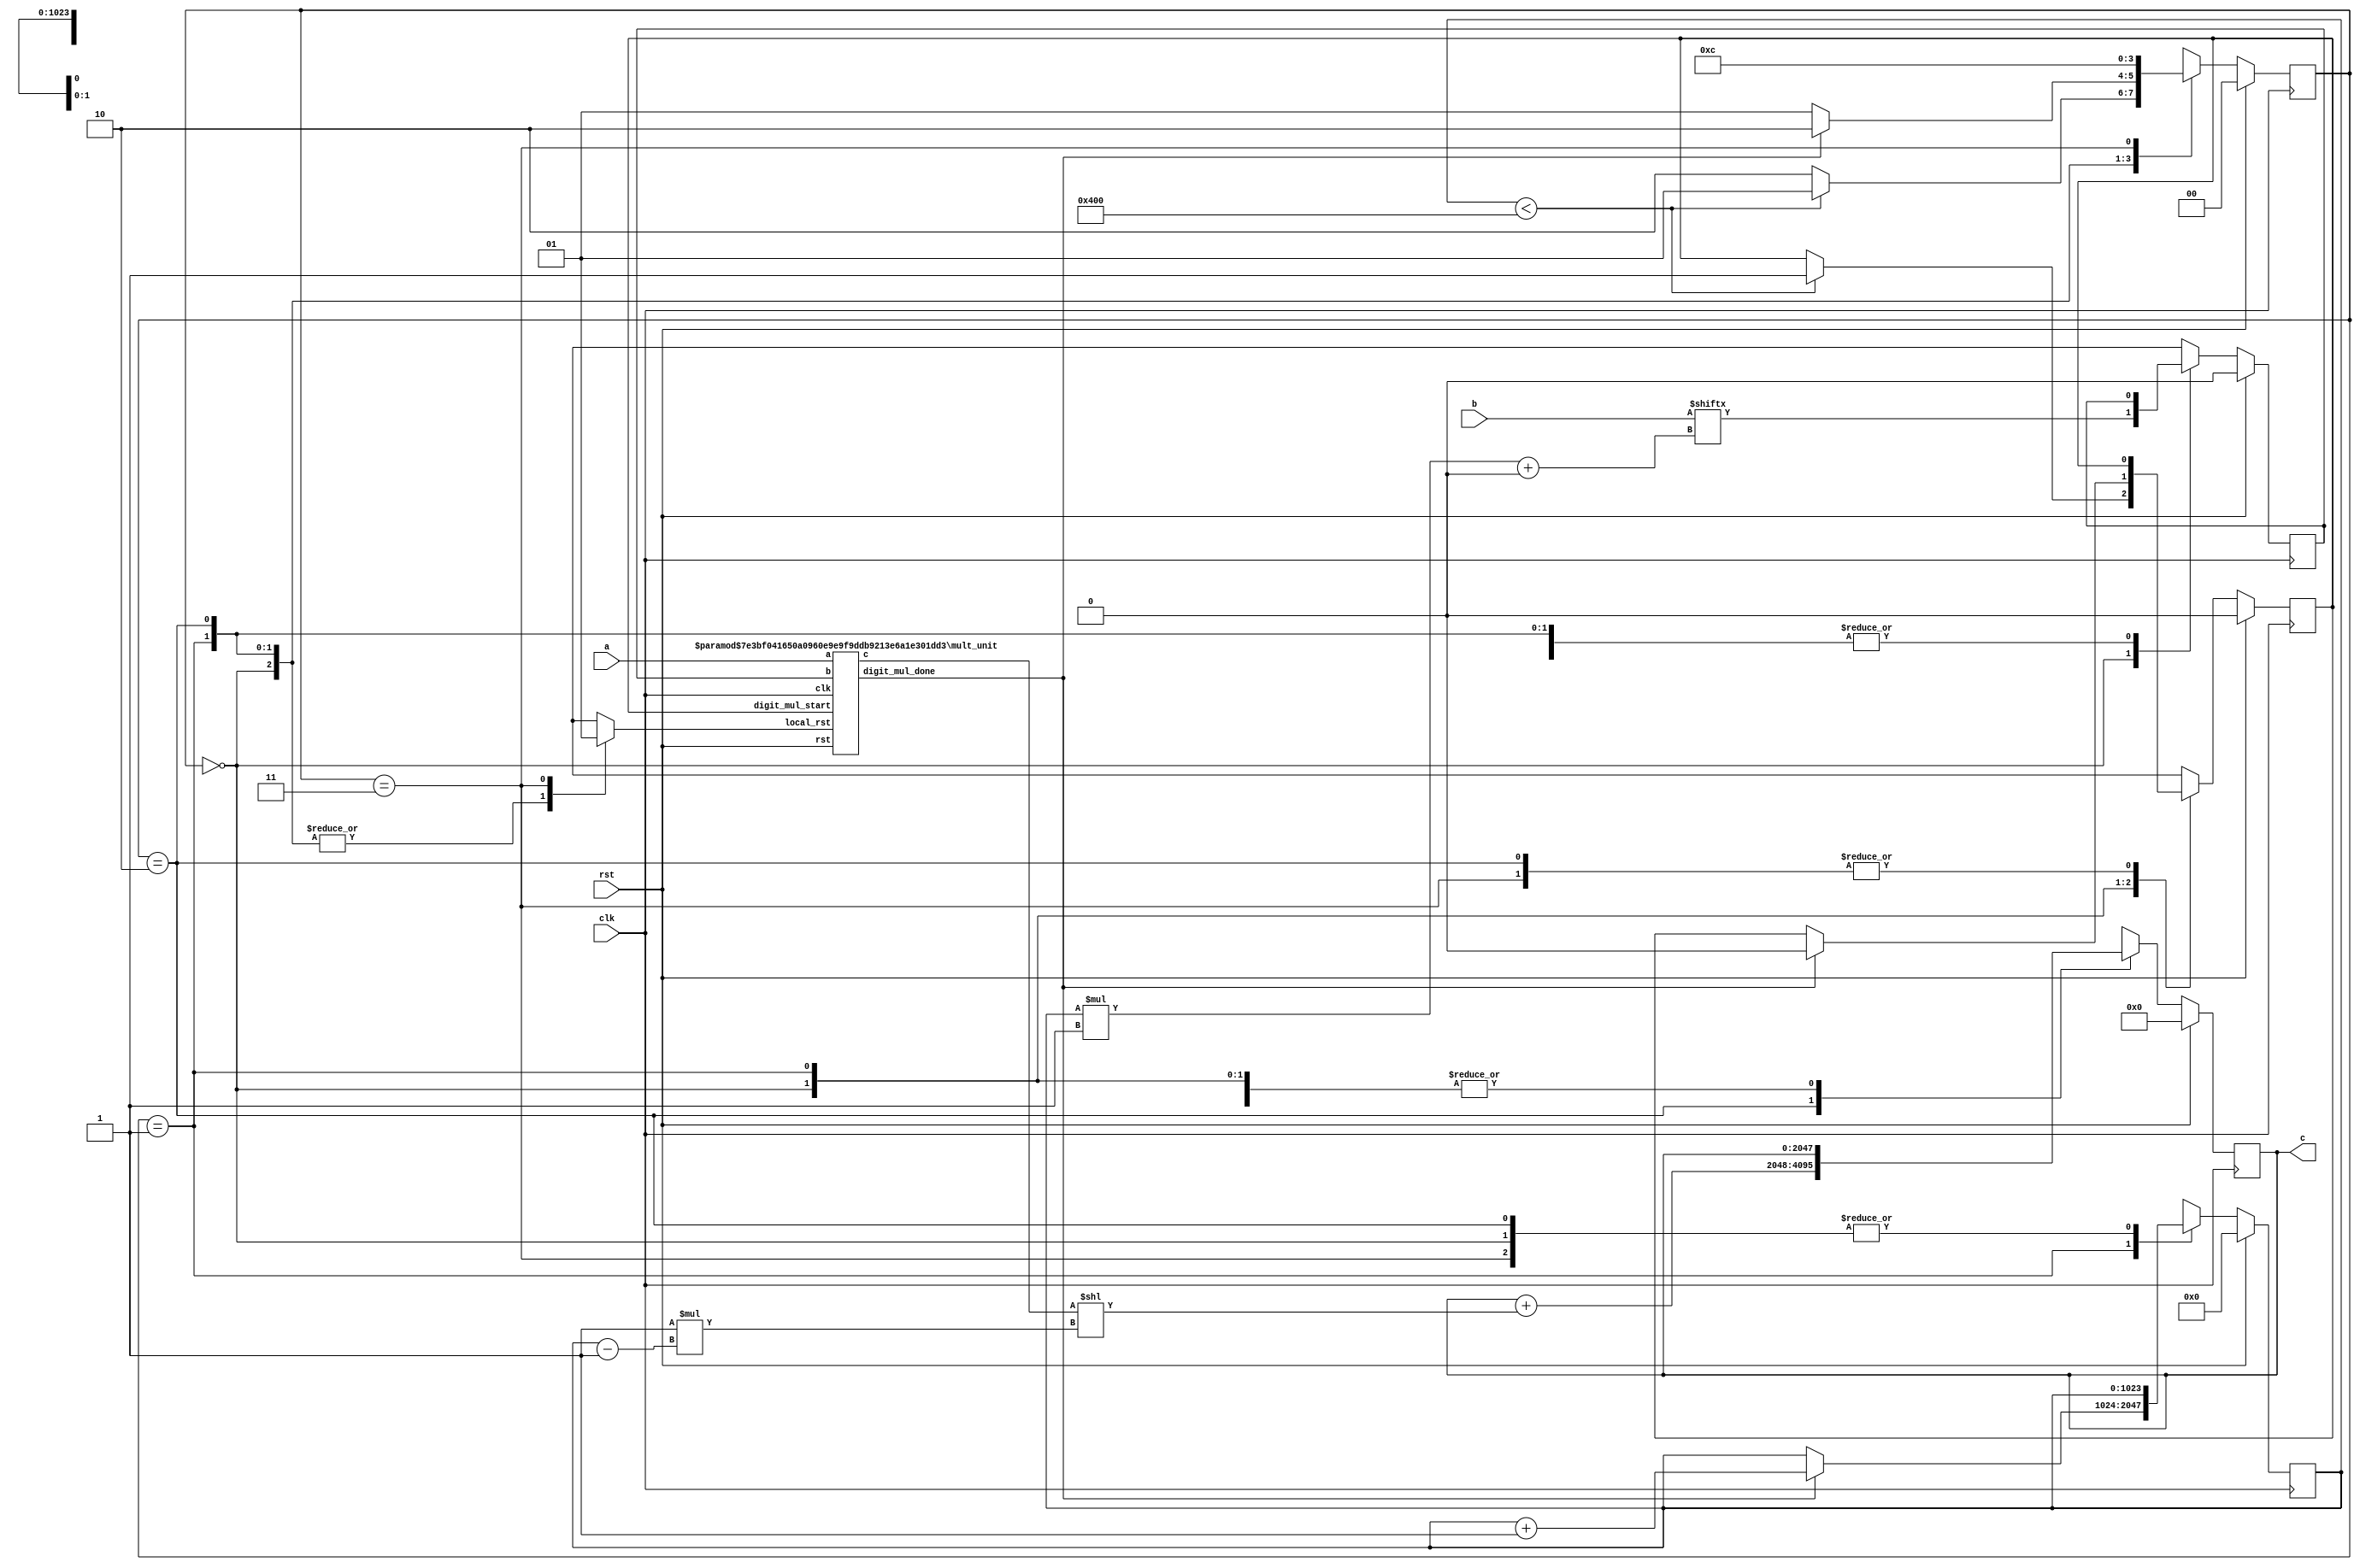
// TalTech large integer multiplier library
// Multiplier type: sbm_digitized
// Parameters: 1024 1024 1
// Target tool: genus
module sbm_digitized(clk, rst, a, b, c);

// Declaration of parameters
parameter SIZEA = 1024;
parameter SIZEB = 1024;
parameter SIZEOF_DIGITS = 1;
parameter DIGITS = 1025;

// Declaration of module inputs and outputs
input clk;
input rst;
input [1023:0] a;
input [1023:0] b;
output reg [2047:0] c;

// Set local parameters for FSM controller
localparam ST_RUN = 0;
localparam ST_WAIT = 1;
localparam ST_OFFSET = 2;
localparam ST_RST = 3;

// Registers declaration 
reg local_rst;
reg digit_mul_start;
reg digit_mul_start_next;
reg short_b;
reg short_b_next;
reg  [1023:0] counter_digits;
reg  [1023:0] counter_digits_next;
reg  [1:0] state;
reg  [1:0] next_state;
reg  [2047:0] next_c;
reg  [1023:0] tmp;
reg  [510:0] upper_addr;
reg  [510:0] lower_addr;

// Wires declaration 
wire digit_mul_done;
wire  [1024:0] short_c;

// Multiplier Instance
mult_unit #(1024, 1) mult_unit (clk, rst, local_rst, a, short_b, digit_mul_start, short_c, digit_mul_done);

// FSM-controller --< Sequential Part
always @(posedge clk) begin
	if (rst == 1'b1) begin
		state <= ST_RUN;
		c <= 2048'b0;
		counter_digits <= 1024'b0;
		short_b <= 1'b0;
		digit_mul_start <= 1'b0;
	end
	else begin
		state <= next_state;
		c <= next_c;
		counter_digits <= counter_digits_next;
		short_b <= short_b_next;
		digit_mul_start <= digit_mul_start_next;
	end
end

// FSM-controller --< Combinational Part
always @ (*) begin 
	next_state = state;
	next_c = c;
	digit_mul_start_next = digit_mul_start;
	local_rst = 0;
	counter_digits_next = counter_digits;
	short_b_next = short_b;
	tmp = tmp;
	case (state)
		ST_RUN: begin
			tmp[1023:0] = b[1023:0];
			lower_addr = counter_digits_next*(1);
			short_b_next = tmp[lower_addr+:1];
			if (counter_digits_next < 1024) begin
				digit_mul_start_next = 1'b1;
				next_state = ST_WAIT;
			end
			else begin 
				next_state = ST_OFFSET;
			end
		end
		ST_WAIT: begin
			if (digit_mul_done == 1'b1) begin
				digit_mul_start_next = 1'b0;
				counter_digits_next = counter_digits_next +1;
				next_state = ST_OFFSET;
			end
			else begin 
				next_state = ST_WAIT;
			end
		end
		ST_OFFSET: begin
			next_c = next_c + (short_c << 1 *(counter_digits_next-1));			next_state = ST_RST;
		end
		ST_RST: begin
			local_rst = 1'b1;
			next_state = ST_RUN;
		end
	endcase
end
endmodule

// multiplier inside the sbm_digitized
module mult_unit(clk, rst, local_rst, a, b, digit_mul_start, c, digit_mul_done);

// Declaration of parameters
parameter SHORTA = 1;
parameter SHORTB = 1;

// Declaration of module inputs and outputs
input clk;
input rst;
input local_rst;
input [1023:0] a;
input [0:0] b;
input digit_mul_start;
output reg [1024:0] c;
output reg digit_mul_done;

// Registers declaration 
reg [11:0] count;

always @ (posedge clk) begin 
	if ((rst == 1'b1) || (local_rst == 1'b1)) begin
		c <= {SHORTA+SHORTB { 1'b0}};
		count <= 12'd0;
		digit_mul_done <= 1'b0;
	end
	else begin
		if (digit_mul_start == 1'b1) begin
			if (count < SHORTB) begin
				if (b[count] == 1) begin
					c <= c + (a << count);
				end
					count <= count + 12'd1;
			end
			else begin
				digit_mul_done <= 1'b1;
			end
		end
	end
end
endmodule